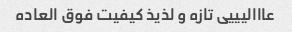
عااالیییی تازه و لذیذ کیفیت فوق العاده